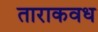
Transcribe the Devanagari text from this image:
ताराकवध